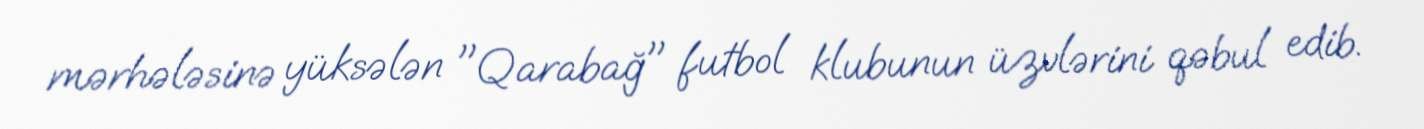
mərhələsinə yüksələn "Qarabağ" futbol klubunun üzvlərini qəbul edib.